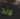
ونج